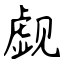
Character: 觑